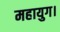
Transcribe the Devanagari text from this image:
महायुग।